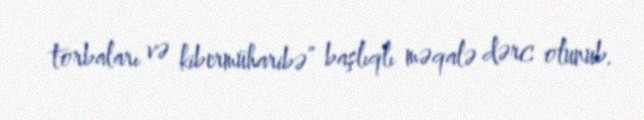
torbaları və kibermüharibə” başlıqlı məqalə dərc olunub.